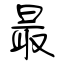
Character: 最